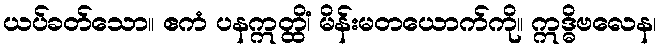
ယပ်ခတ်သော။ ဧကံ ပနဣတ္ထိံ၊ မိန်းမတယောက်ကို။ ဣဒ္ဓိဗလေန၊